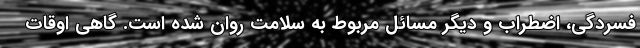
فسردگی، اضطراب و دیگر مسائل مربوط به سلامت روان شده است. گاهی اوقات